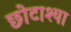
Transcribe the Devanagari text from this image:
छोटाश्या